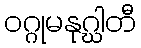
ဝဂ္ဂုမနုဂ္ဃါတီ